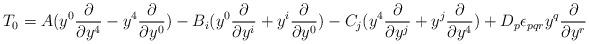
LaTeX: \begin{align*}T_0= A (y^0\frac{\partial}{\partial y^4}-y^4\frac{\partial}{\partial y^0} )- B_i( y^0\frac{\partial}{\partial y^i}+y^i\frac{\partial}{\partial y^0})- C_j (y^4\frac{\partial}{\partial y^j}+y^j\frac{\partial}{\partial y^4})+ D_p \epsilon_{pqr}y^q\frac{\partial}{\partial y^r}\end{align*}